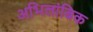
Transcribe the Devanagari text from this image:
अभिलांबिक